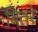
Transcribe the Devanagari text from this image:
बितरे